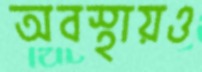
অবস্থায়ও